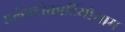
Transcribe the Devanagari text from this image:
एलेक्ट्रोकार्डियोग्राम